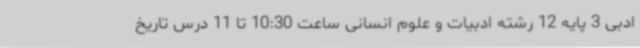
ادبی 3 پایه 12 رشته ادبیات و علوم انسانی ساعت 10:30 تا 11 درس تاریخ